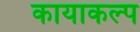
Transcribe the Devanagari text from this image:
कायाकल्‍प